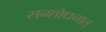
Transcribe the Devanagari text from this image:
सन्शोधनात्